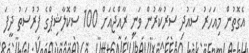
އެގޮތުން މިއަހަރު ސައުދި ސަރުކާރުން ވަނީ ރާއްޖެއަށް 100 ސްކޮލާޝިޕްގެ ފުރުސަތު ދީފަ